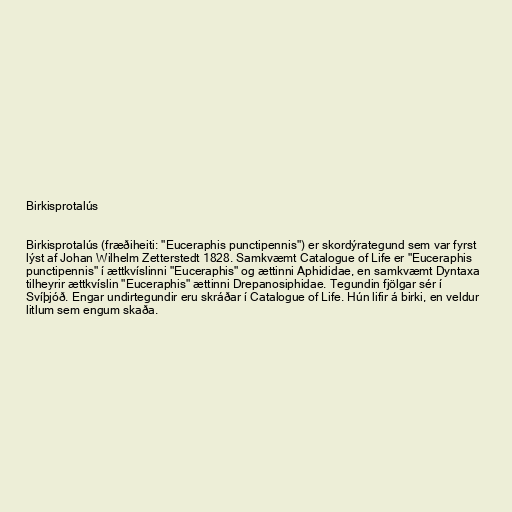
Birkisprotalús

Birkisprotalús (fræðiheiti: "Euceraphis punctipennis") er skordýrategund sem var fyrst
lýst af Johan Wilhelm Zetterstedt 1828. Samkvæmt Catalogue of Life er "Euceraphis
punctipennis" í ættkvíslinni "Euceraphis" og ættinni Aphididae, en samkvæmt Dyntaxa
tilheyrir ættkvíslin "Euceraphis" ættinni Drepanosiphidae. Tegundin fjölgar sér í
Svíþjóð. Engar undirtegundir eru skráðar í Catalogue of Life. Hún lifir á birki, en veldur
litlum sem engum skaða.